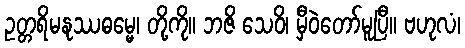
ဥတ္တရိမနုဿဓမ္မေ၊ တို့ကို။ ဘဇိ သေဝိ၊ မှီဝဲတော်မူပြီ။ ဗဟုလံ၊